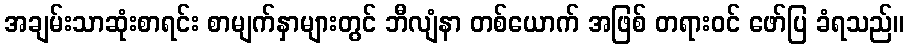
အချမ်းသာဆုံးစာရင်း စာမျက်နှာများတွင် ဘီလျံနာ တစ်ယောက် အဖြစ် တရားဝင် ဖော်ပြ ခံရသည်။